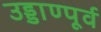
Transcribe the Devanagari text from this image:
उड्डाण्पूर्व